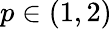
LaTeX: p\in(1,2)